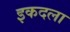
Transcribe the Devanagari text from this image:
इकदला